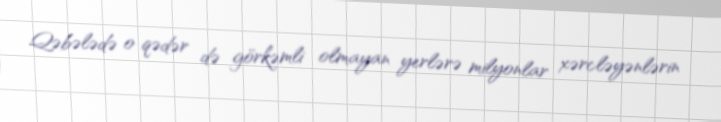
Qəbələdə o qədər də görkəmli olmayan yerlərə milyonlar xərcləyənlərin